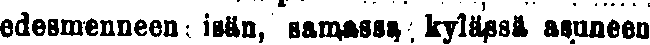
edesmenneen isän, samassa, kylänsä asuneen